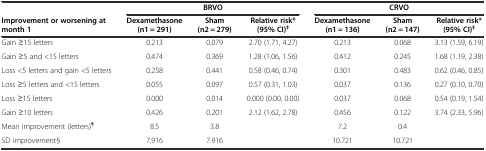
<table><thead><tr><td>[EMPTY_CELL]</td><td colspan="3"><b>BRVO</b></td><td colspan="3"><b>CRVO</b></td></tr><tr><td><b>Improvement or worsening at month 1</b></td><td><b>Dexamethasone (n1 = 291)</b></td><td><b>Sham (n2 = 279)</b></td><td><b>Relative risk* (95% CI)<sup>‡</sup></b></td><td><b>Dexamethasone (n1 = 136)</b></td><td><b>Sham (n2 = 147)</b></td><td><b>Relative risk* (95% CI)<sup>‡</sup></b></td></tr></thead><tbody><tr><td>Gain ≥15 letters</td><td>0.213</td><td>0.079</td><td>2.70 (1.71, 4.27)</td><td>0.213</td><td>0.068</td><td>3.13 (1.59, 6.19)</td></tr><tr><td>Gain ≥5 and &lt;15 letters</td><td>0.474</td><td>0.369</td><td>1.28 (1.06, 1.56)</td><td>0.412</td><td>0.245</td><td>1.68 (1.19, 2.38)</td></tr><tr><td>Loss &lt;5 letters and gain &lt;5 letters</td><td>0.258</td><td>0.441</td><td>0.58 (0.46, 0.74)</td><td>0.301</td><td>0.483</td><td>0.62 (0.46, 0.85)</td></tr><tr><td>Loss ≥5 letters and &lt;15 letters</td><td>0.055</td><td>0.097</td><td>0.57 (0.31, 1.03)</td><td>0.037</td><td>0.136</td><td>0.27 (0.10, 0.70)</td></tr><tr><td>Loss ≥15 letters</td><td>0.000</td><td>0.014</td><td>0.000 (0.00, 0.00)</td><td>0.037</td><td>0.068</td><td>0.54 (0.19, 1.54)</td></tr><tr><td>Gain ≥10 letters</td><td>0.426</td><td>0.201</td><td>2.12 (1.62, 2.78)</td><td>0.456</td><td>0.122</td><td>3.74 (2.33, 5.96)</td></tr><tr><td>Mean improvement (letters)<sup>¶</sup></td><td>8.5</td><td>3.8</td><td>[EMPTY_CELL]</td><td>7.2</td><td>0.4</td><td>[EMPTY_CELL]</td></tr><tr><td>SD improvement§</td><td>7.916</td><td>7.916</td><td>[EMPTY_CELL]</td><td>10.721</td><td>10.721</td><td>[EMPTY_CELL]</td></tr></tbody></table>